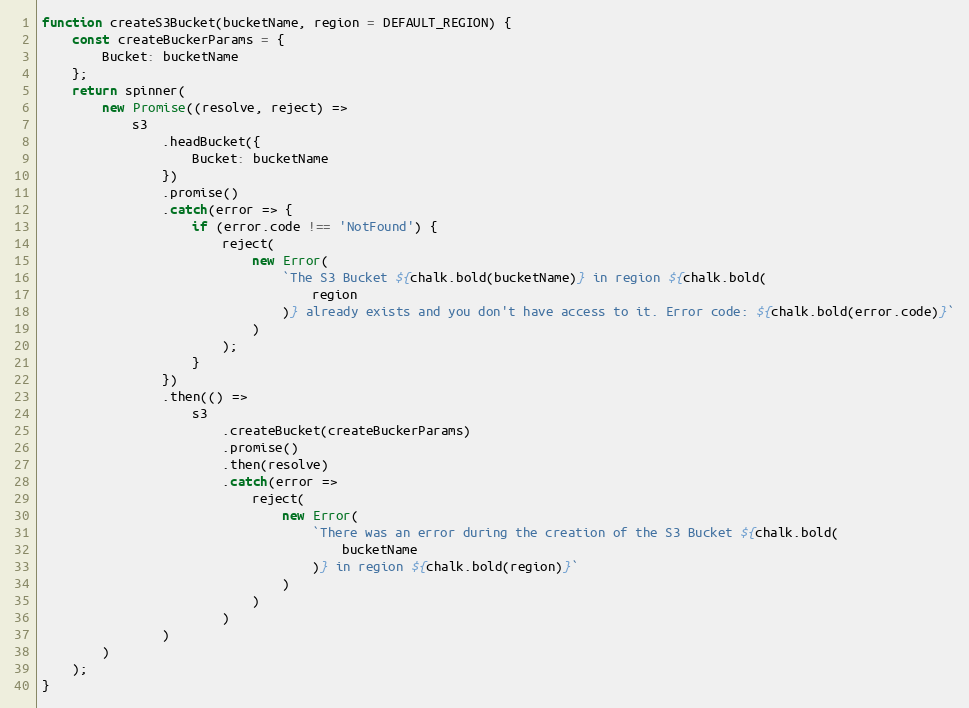
Language: JavaScript
function createS3Bucket(bucketName, region = DEFAULT_REGION) {
    const createBuckerParams = {
        Bucket: bucketName
    };
    return spinner(
        new Promise((resolve, reject) =>
            s3
                .headBucket({
                    Bucket: bucketName
                })
                .promise()
                .catch(error => {
                    if (error.code !== 'NotFound') {
                        reject(
                            new Error(
                                `The S3 Bucket ${chalk.bold(bucketName)} in region ${chalk.bold(
                                    region
                                )} already exists and you don't have access to it. Error code: ${chalk.bold(error.code)}`
                            )
                        );
                    }
                })
                .then(() =>
                    s3
                        .createBucket(createBuckerParams)
                        .promise()
                        .then(resolve)
                        .catch(error =>
                            reject(
                                new Error(
                                    `There was an error during the creation of the S3 Bucket ${chalk.bold(
                                        bucketName
                                    )} in region ${chalk.bold(region)}`
                                )
                            )
                        )
                )
        )
    );
}